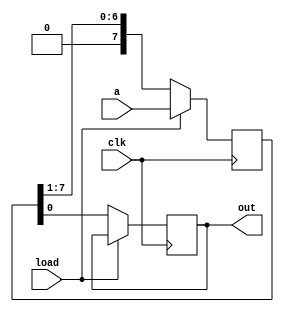
`timescale 1ns / 1ps
//////////////////////////////////////////////////////////////////////////////////
// Company: 
// Engineer: 
// 
// Design Name: 
// Module Name:    Shift_reg_R 
// Project Name: 
// Target Devices: 
// Tool versions: 
// Description: 
//
// Dependencies: 
//
// Revision: 
// Revision 0.01 - File Created
// Additional Comments: 
//
// assignment no.: 6
// problem no.: 2
// semester : 5th semester
// group no.: 64
// names of group members: 1. Jatoth Charan Sai, 2. Tirupathi Suguna Bhaskar.
//
//////////////////////////////////////////////////////////////////////////////////
module Shift_reg_R(
   input [7:0] a,
	input clk,
	input load,
	output reg out
    );
	 reg [7:0] W; 	// to store the input value to right shift for every clock edge 
	 initial out = 1'b0;
	 always@(posedge clk)
	 begin
			if(load) 		// to load initially value of a in W.
				W <= a;
			else
				begin
					out <= W[0];				// output = LSB of W
					W <= {1'b0,W[7:1]}; 	// right shiting the register
				end
	 end
	 


endmodule